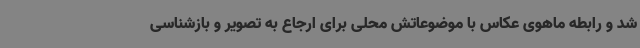
شد و رابطه ماهوی عکاس با موضوعاتش محلی برای ارجاع به تصویر و بازشناسی